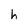
Character: h